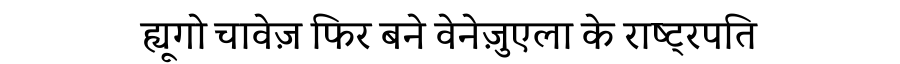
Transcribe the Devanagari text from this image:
ह्यूगो चावेज़ फिर बने वेनेज़ुएला के राष्ट्रपति